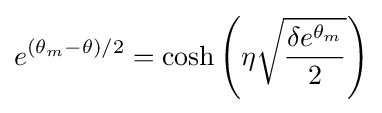
e^{(\theta _{m}-\theta )/2}=\cosh \left(\eta {\sqrt {\frac {\delta e^{\theta _{m}}}{2}}}\right)